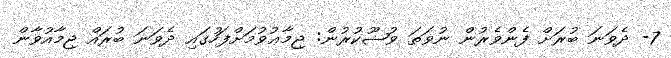
7- ދެވަނަ ބުރަށް ފެންވެރުން ނުވަތަ ވުޟޫކުރުން: ޖިމާޢުވުމަށްފަހުގައި ދެވަނަ ބުރައް ޖިމާއުވާން